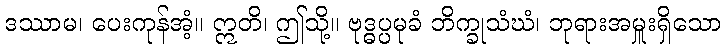
ဒဿာမ၊ ပေးကုန်အံ့။ ဣတိ၊ ဤသို့။ ဗုဒ္ဓပ္ပမုခံ ဘိက္ခုသံဃံ၊ ဘုရားအမှူးရှိသော